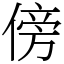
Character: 傍